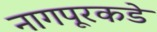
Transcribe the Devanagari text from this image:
नागपूरकडे